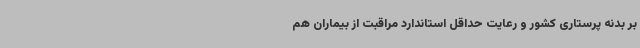
بر بدنه پرستاری کشور و رعایت حداقل استاندارد مراقبت از بیماران هم